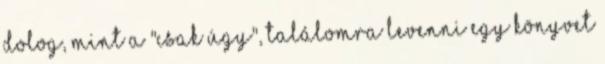
dolog, mint a "csak úgy", találomra levenni egy könyvet